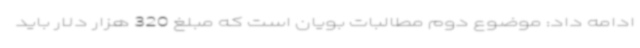
ادامه داد: موضوع دوم مطالبات بویان است که مبلغ 320 هزار دلار باید